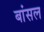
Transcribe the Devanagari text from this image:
बांसल